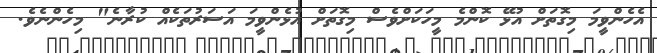
އެހެންވީމަ މިގޮތަށް އުޅޭ ކޮންމެ މީހަކަށްވެސް މިގޮތަށް އުޅެންވީމަ އަސަރުތަކެއް ކުރާނެ" މިހެންނެވެ.